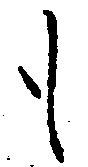
も